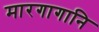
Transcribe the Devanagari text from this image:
मारगागानि